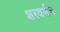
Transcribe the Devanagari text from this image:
शरवर्मन